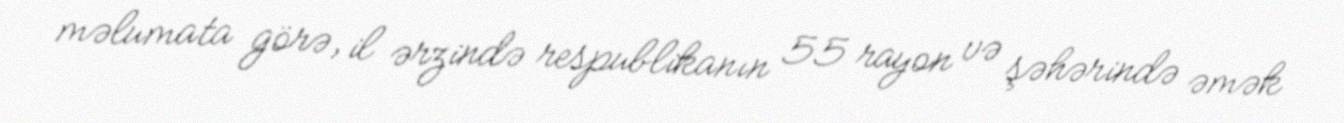
məlumata görə, il ərzində respublikanın 55 rayon və şəhərində əmək